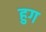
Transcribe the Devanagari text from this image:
हुग